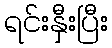
ရင်းနှီးပြီး